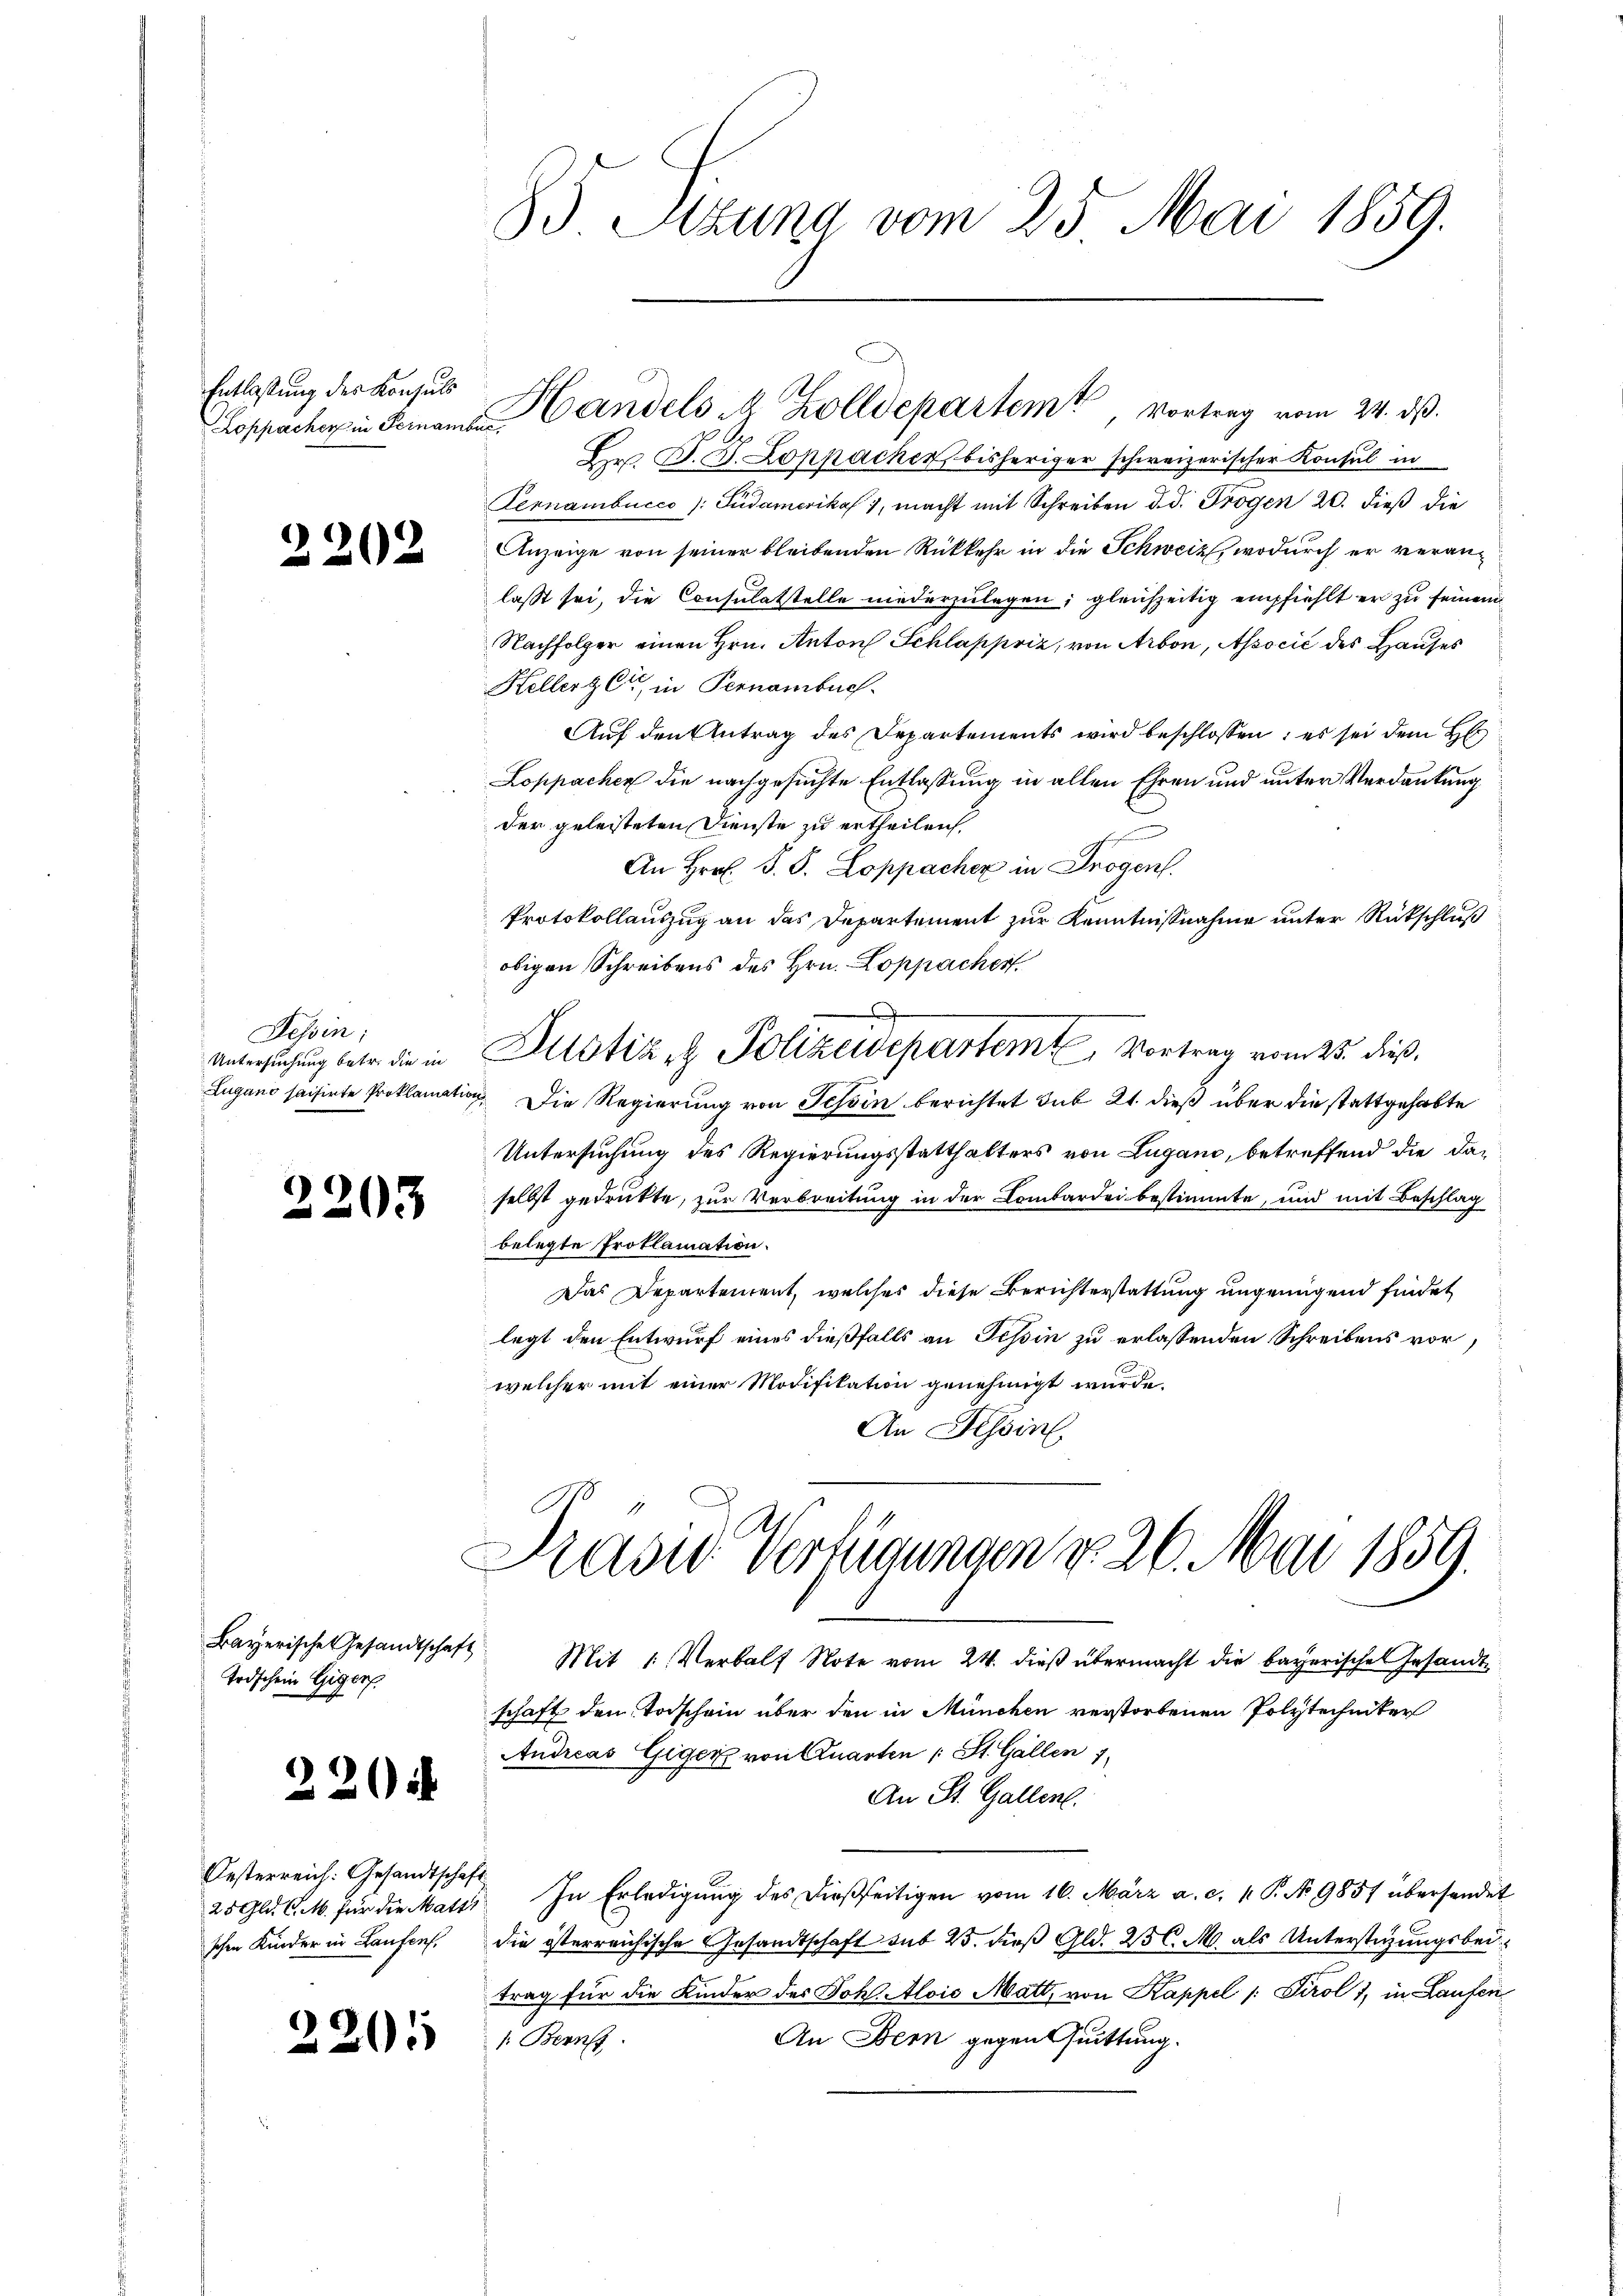
Entlaßung des Konsuls
Loppacher in Feinamber,

2202

Tessin:
Untersuchung betr. die in
Lugano saisirte Proklamatio

2203

Bayerische Gesandtschaft
Todschein Giger

220

Oesterreich: Gesandtschaft
25 Gld. C. M. für die Matti

2

201

83 Sitzung vom 25. Mai 1859.

Hr. P. B. Loppacher bisheriger schweizerischer Konsul in
Pernambucco /: Gudamerikas, macht mit Schreiben d. d. Trogen 20. dieß die
Anzeige von seiner bleibenden Rückkehr in die Schweiz, wodurch er veranlasst sei, die Consulatstelle niederzulegen; gleichzeitig empfiehlt er zu seinem
Nachfolger einen Hrn. Anton Schlappriz, von Arbon, Associć des Hauses
Hellerger, in Pernombuch.
Auf den Antrag des Departements wird beschlossen; es sei dem H
Loppachen die nachgesuchte Entlassung in allen Ehren und unter Verdankung
der geleisteten Dienste zu ertheilen,
An Hrn. J. J. Loppacher in Trogen.
Protokollauszug an das Departement zur Kenntnißnahme unter Rückschluß
obigen Schreibens des Hrn. Loppacher
x
Justiz- & Polizewepartem Vortrag vom 25. dieß,
i. Die Regierung von Schin berichtet sub 21. dieß über die stattgehabte
Untersuchung des Regierungsstatthalters von Lugano, betreffend die daselbst gedrukte, zur Verbreitung in der Lombardei bestimmte, und mit Beschlag
belegte Proklamation.
Das Departement, welches diese Berichterstattung ungenügend findet
legt den Entwurf eines dießfalls an Tessin zu erlassenden Schreibens vor,
welcher mit einer Modifikation genehmigt wurde.
An Hessin

Handels A Zolldepartemt, vortrag vom 24. ds.

Prase Verfügungen u. 26. Mai 1859.

Mit 1. Verbalf Note vom 24. dieß übermacht die bayerische Gesandtschaft den Todschein über den in München verstorbenen Polytechniker
Andreas Giger von Quarten St. Gallen 7.
An St. Gallen.
In Erledigung des dießseitigen vom 16. März a. c. p. P. No 9857 übersendet
schen Kinder in Laufen. Die österreichische Gesandtschaft sub 25. dieß Gld. 25 l. M. als Unterstüzungsbeitrag für die Kinder des Johl. Alois Matt, von Kappel /: Tirol 1, in Laufen
An Bern gegent suittung.
1. Bern